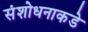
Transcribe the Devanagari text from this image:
संशोधनाकडे